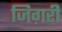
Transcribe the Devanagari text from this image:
जिग़री